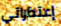
إعتذاراتي